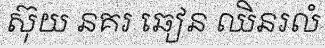
ស៊ុយ នគរ ឆៀន ឈិនរលំ